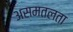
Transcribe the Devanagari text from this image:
असमतलता